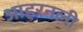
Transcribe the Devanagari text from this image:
आहरनली